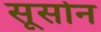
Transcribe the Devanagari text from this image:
सूसोन